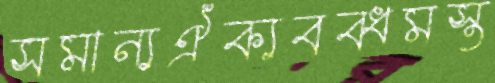
সমান্যঐক্যবব্ধমস্ত